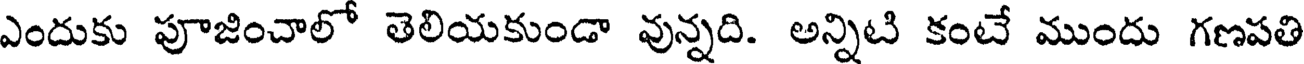
ఎందుకు పూజించాలో తెలియకుండా వున్నది. అన్నిటి కంటే ముందు గణపతి